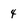
Character: 4